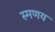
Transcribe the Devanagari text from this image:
स्मणय